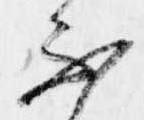
不